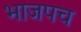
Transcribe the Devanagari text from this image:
भाजपच